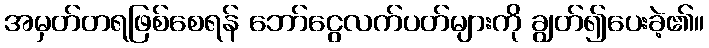
အမှတ်တရဖြစ်စေရန် ဘော်ငွေလက်ပတ်များကို ချွတ်၍ပေးခဲ့၏။